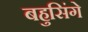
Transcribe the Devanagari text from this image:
बहुसिंगे